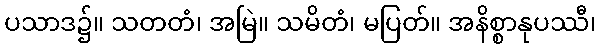
ပသာဒ၌။ သတတံ၊ အမြဲ။ သမိတံ၊ မပြတ်။ အနိစ္စာနုပဿီ၊